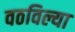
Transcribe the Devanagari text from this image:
वठविल्या